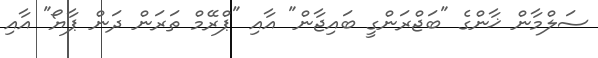
ސަލްމާން ޚާންގެ "ބަޖްރަންގީ ބައިޖާން" އާއި "ޕްރޭމް ތަރަން ދަން ޕާޔޯ" އާއި